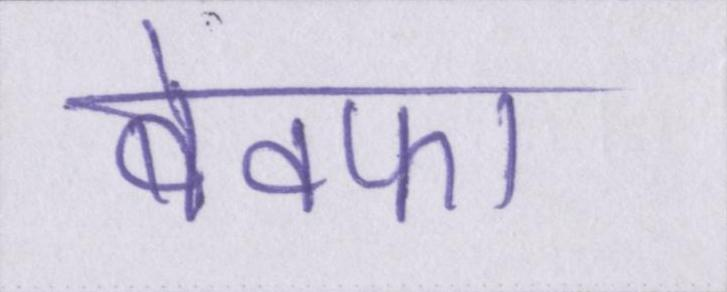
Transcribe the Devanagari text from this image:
बेवफा